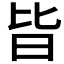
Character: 𣅜